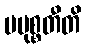
ပမုစ္စတီတိ